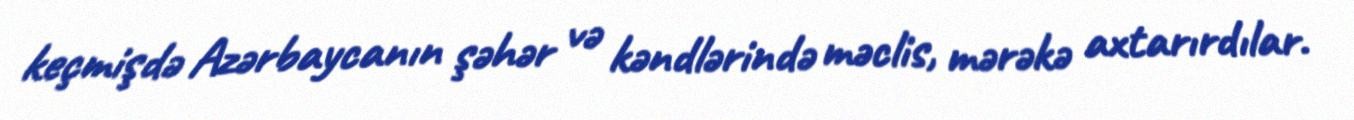
keçmişdə Azərbaycanın şəhər və kəndlərində məclis, mərəkə axtarırdılar.